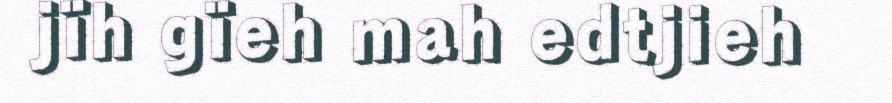
jïh gïeh mah edtjieh